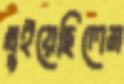
খুইয়েছিলেম